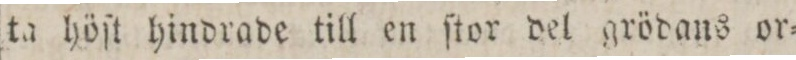
ta höſt hindrade till en ſtor del grödans or=